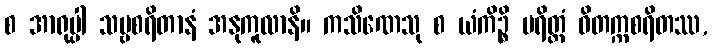
စ အာရုပ္ပါ သဗ္ဗစရိတာနံ အနုကူလာနိ။ ကသိဏေသု စ ယံကိဉ္စိ ပရိတ္တံ ဝိတက္ကစရိတဿ,